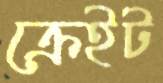
ক্রেইট